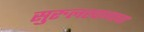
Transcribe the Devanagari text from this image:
सुरुलखानाचा